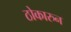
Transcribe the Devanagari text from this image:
ठोकारुन